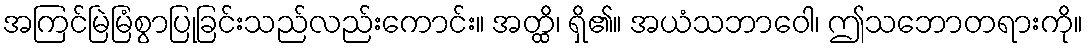
အကြင်မြဲမြံစွာပြုခြင်းသည်လည်းကောင်း။ အတ္ထိ၊ ရှိ၏။ အယံသဘာဝေါ၊ ဤသဘောတရားကို။